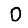
Digit: 0